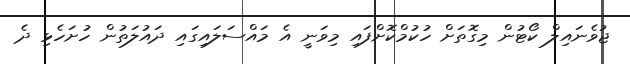
ޖުވެނައިލް ކޯޓުން މިގޮތަށް ހުކުމްކޮށްފައި މިވަނީ އެ މައްސަލައިގައި ދައުލަތުން ހުށަހެޅި ދެ